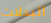
البدلات